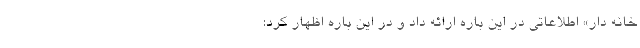
خانه دار» اطلاعاتی در این باره ارائه داد و در این باره اظهار کرد: